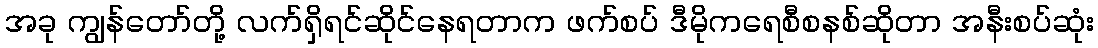
အခု ကျွန်တော်တို့ လက်ရှိရင်ဆိုင်နေရတာက ဖက်စပ် ဒီမိုကရေစီစနစ်ဆိုတာ အနီးစပ်ဆုံး